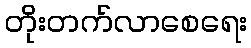
တိုးတက်လာစေရေး